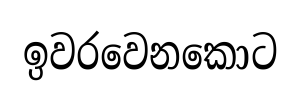
ඉවරවෙනකොට